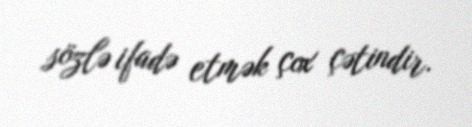
sözlə ifadə etmək çox çətindir.